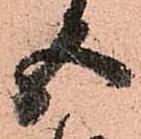
五